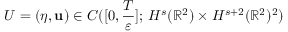
U = ( \eta , \mathbf { u } ) \in C ( [ 0 , \frac { T } { \varepsilon } ] ; \, H ^ { s } ( \mathbb { R } ^ { 2 } ) \times H ^ { s + 2 } ( \mathbb { R } ^ { 2 } ) ^ { 2 } )